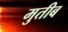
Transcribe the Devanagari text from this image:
मुतीब